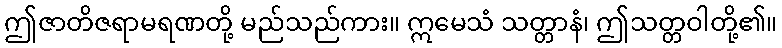
ဤဇာတိဇရာမရဏတို့ မည်သည်ကား။ ဣမေသံ သတ္တာနံ၊ ဤသတ္တဝါတို့၏။